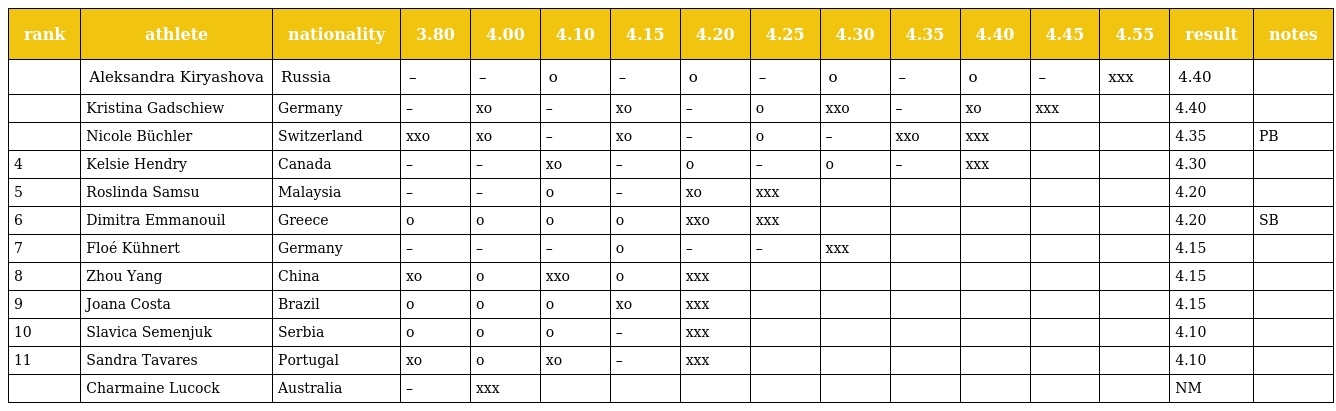
| rank | athlete | nationality | 3.80 | 4.00 | 4.10 | 4.15 | 4.20 | 4.25 | 4.30 | 4.35 | 4.40 | 4.45 | 4.55 | result | notes |
 | --- | --- | --- | --- | --- | --- | --- | --- | --- | --- | --- | --- | --- | --- | --- | --- |
 |  | Aleksandra Kiryashova | Russia | – | – | o | – | o | – | o | – | o | – | xxx | 4.40 |  |
 |  | Kristina Gadschiew | Germany | – | xo | – | xo | – | o | xxo | – | xo | xxx |  | 4.40 |  |
 |  | Nicole Büchler | Switzerland | xxo | xo | – | xo | – | o | – | xxo | xxx |  |  | 4.35 | PB |
 | 4 | Kelsie Hendry | Canada | – | – | xo | – | o | – | o | – | xxx |  |  | 4.30 |  |
 | 5 | Roslinda Samsu | Malaysia | – | – | o | – | xo | xxx |  |  |  |  |  | 4.20 |  |
 | 6 | Dimitra Emmanouil | Greece | o | o | o | o | xxo | xxx |  |  |  |  |  | 4.20 | SB |
 | 7 | Floé Kühnert | Germany | – | – | – | o | – | – | xxx |  |  |  |  | 4.15 |  |
 | 8 | Zhou Yang | China | xo | o | xxo | o | xxx |  |  |  |  |  |  | 4.15 |  |
 | 9 | Joana Costa | Brazil | o | o | o | xo | xxx |  |  |  |  |  |  | 4.15 |  |
 | 10 | Slavica Semenjuk | Serbia | o | o | o | – | xxx |  |  |  |  |  |  | 4.10 |  |
 | 11 | Sandra Tavares | Portugal | xo | o | xo | – | xxx |  |  |  |  |  |  | 4.10 |  |
 |  | Charmaine Lucock | Australia | – | xxx |  |  |  |  |  |  |  |  |  | NM |  |